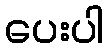
ပေးပါ